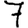
Digit: 7